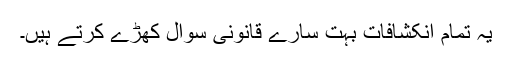
یہ تمام انکشافات بہت سارے قانونی سوال کھڑے کرتے ہیں۔